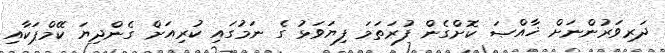
ދަރިވަރުންނަށް ޚާއްޞަ ކޮށްގެން ފުރަތަމަ ފިޔަވަޅު ގެ ނަމުގައި ކުރިއަށް ގެންދިޔަ ކޭމްޕަކާއި